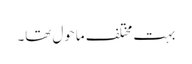
بہت مختلف ماحول تھا۔